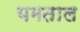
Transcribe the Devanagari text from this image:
यमताल